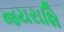
જયરાશિ